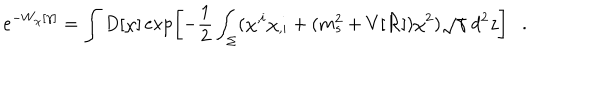
e ^ { - W _ { \chi } [ \gamma ] } = \int D [ \chi ] \exp \left[ - \frac 1 2 \int _ { \Sigma } ( \chi ^ { , i } \chi _ { , i } + ( m _ { s } ^ { 2 } + V [ { \cal R } ] ) \chi ^ { 2 } ) \sqrt { \gamma } ~ d ^ { 2 } z \right] .